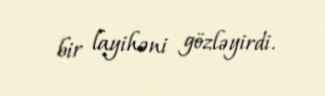
bir layihəni gözləyirdi.